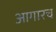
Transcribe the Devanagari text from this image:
आगारच